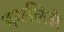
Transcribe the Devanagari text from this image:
मजलिसे